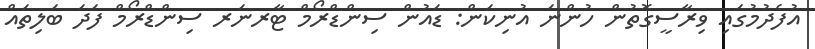
އުފެދުމުގައި ވިރާސީގޮތުން ހުންނަ އުނިކަން: ޑައުން ސިންޑްރޯމް ޓާރނަރ ސިންޑްރޯމް ފަދަ ބަލިތައް